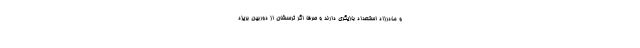
و مادرزاد استعداد بازیگری دارند و صرفا اگر ترسشان از دوربین بریزد